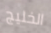
الخليج